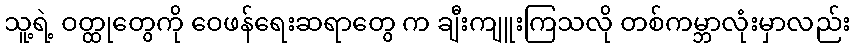
သူ့ရဲ့ ဝတ္ထုတွေကို ဝေဖန်ရေးဆရာတွေ က ချီးကျူးကြသလို တစ်ကမ္ဘာလုံးမှာလည်း